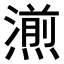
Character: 𤏄